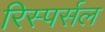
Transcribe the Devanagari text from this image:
रिस्पर्सल